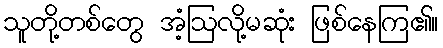
သူတို့တစ်တွေ အံ့ဩလို့မဆုံး ဖြစ်နေကြ၏။